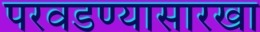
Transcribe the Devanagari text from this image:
परवडण्यासारखा